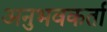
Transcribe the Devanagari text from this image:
अनुभवकर्ता